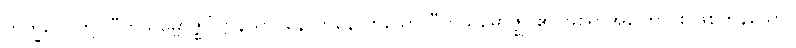
ဘိက္ခဝေ၊ တို့။ ပီတိသမ္ဗောဇ္ဈင်္ဂဋ္ဌာနိယာ၊ နောက်နောက်သော ပီတိသမ္ဗောဇ္ဈင်၏ ဖြစ်ရာအကြောင်း ဖြစ်ကုန်သော။